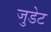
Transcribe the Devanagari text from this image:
जुडेट